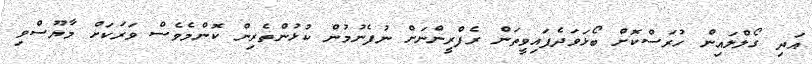
އަދި ގޯލްލައިން ހުރަސްކޮށް ބޯޅަވަދެފައިވީތަން ރެފްރީންނަށް ނުފެނުމުން ކުޅުންތެރިން ކޮންމެވެސް ވަރަކަށް މާޔޫސްވި